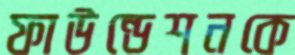
ফাউন্ডেশনকে